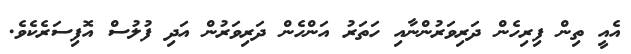
އެއީ ތިން ފިރިހެން ދަރިވަރުންނާއި ހަތަރު އަންހެން ދަރިވަރުން އަދި ފުލުސް އޮފިސަރެކެވެ.